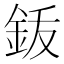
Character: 𬫆